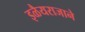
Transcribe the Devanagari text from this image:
इळैयराजाने